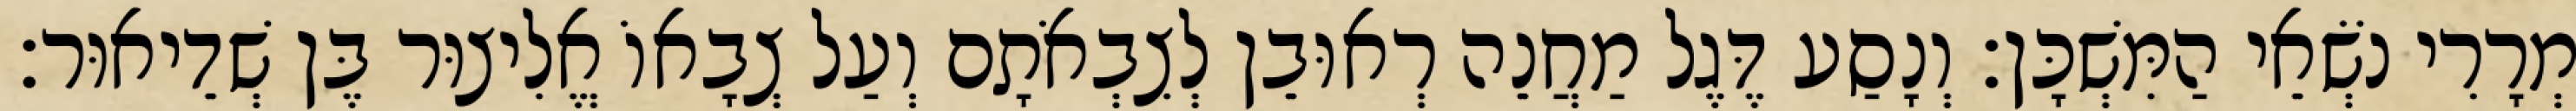
מְרָרִי נֹשְׂאֵי הַמִּשְׁכָּן׃ וְנָסַע דֶּגֶל מַחֲנֵה רְאוּבֵן לְצִבְאֹתָם וְעַל צְבָאוֹ אֱלִיצוּר בֶּן שְׁדֵיאוּר׃